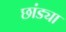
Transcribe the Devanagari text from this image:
छांड्या